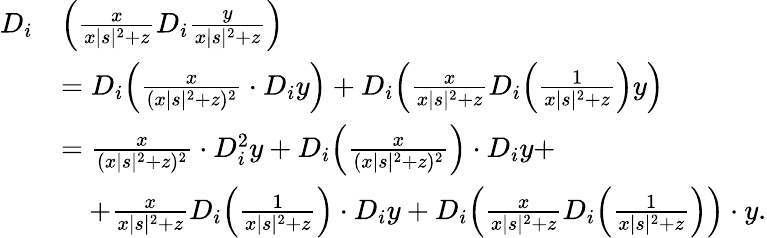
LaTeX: \begin{array}{rl}{D_{i}}&{\Big(\frac{x}{x|s|^{2}+z}D_{i}\frac{y}{x|s|^{2}+z}\Big)}\\ &{=D_{i}\Big(\frac{x}{(x|s|^{2}+z)^{2}}\cdot D_{i}y\Big)+D_{i}\Big(\frac{x}{x|s|^{2}+z}D_{i}\Big(\frac 1{x|s|^{2}+z}\Big)y\Big)}\\ &{=\frac{x}{(x|s|^{2}+z)^{2}}\cdot D_{i}^{2}y+D_{i}\Big(\frac{x}{(x|s|^{2}+z)^{2}}\Big)\cdot D_{i}y+}\\ &{\quad+\frac{x}{x|s|^{2}+z}D_{i}\Big(\frac 1{x|s|^{2}+z}\Big)\cdot D_{i}y+D_{i}\Big(\frac{x}{x|s|^{2}+z}D_{i}\Big(\frac 1{x|s|^{2}+z}\Big)\Big)\cdot y.}\end{array}